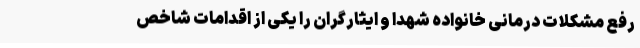
رفع مشکلات درمانی خانواده شهدا و ایثارگران را یکی از اقدامات شاخص